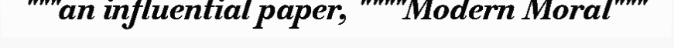
"""an influential paper, """"Modern Moral"""